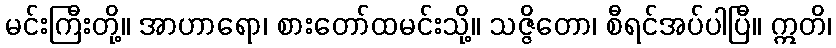
မင်းကြီးတို့။ အာဟာရော၊ စားတော်ထမင်းသို့။ သဇ္ဇိတော၊ စီရင်အပ်ပါပြီ။ ဣတိ၊